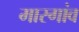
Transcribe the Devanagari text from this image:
मारगांव